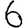
Digit: 6